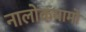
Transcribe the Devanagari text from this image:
नालोकयामो